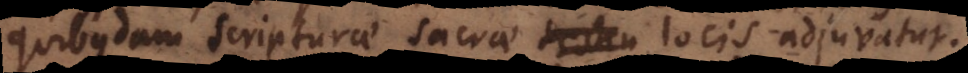
quibusdam Scripturae Sacrae testim locis adjuvatur.